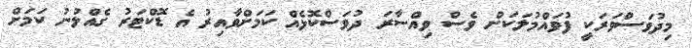
މިދުވަސްވަރަކީ ފުވައްމުލަކަށް ވެސް ވިއްސާރަ ދުވަސްކޮޅެއް ކަމަށްވާއިރު އެ ޑޮކްޓަރު ގެއްލުނު ކަމަށް